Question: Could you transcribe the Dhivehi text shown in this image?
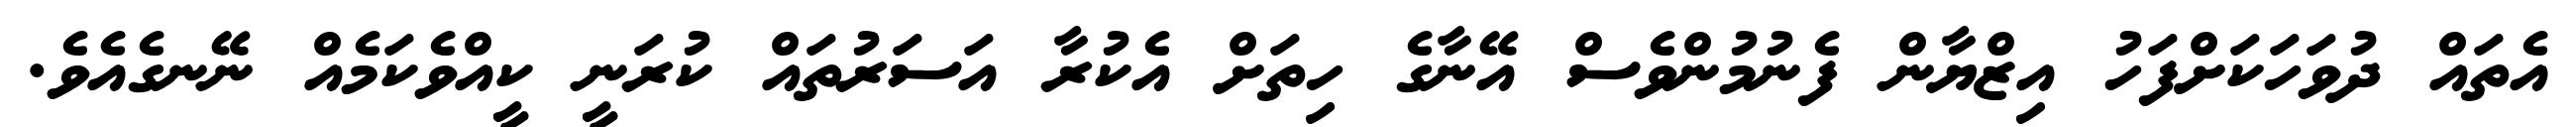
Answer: އެތައް ދުވަހަކަށްފަހު އިޒްޔާން ފެނުމުންވެސް އޭނާގެ ހިތަށް އެކުރާ އަސަރުތައް ކުރަނީ ކީއްވެކަމެއް ނޭނގެއެވެ.